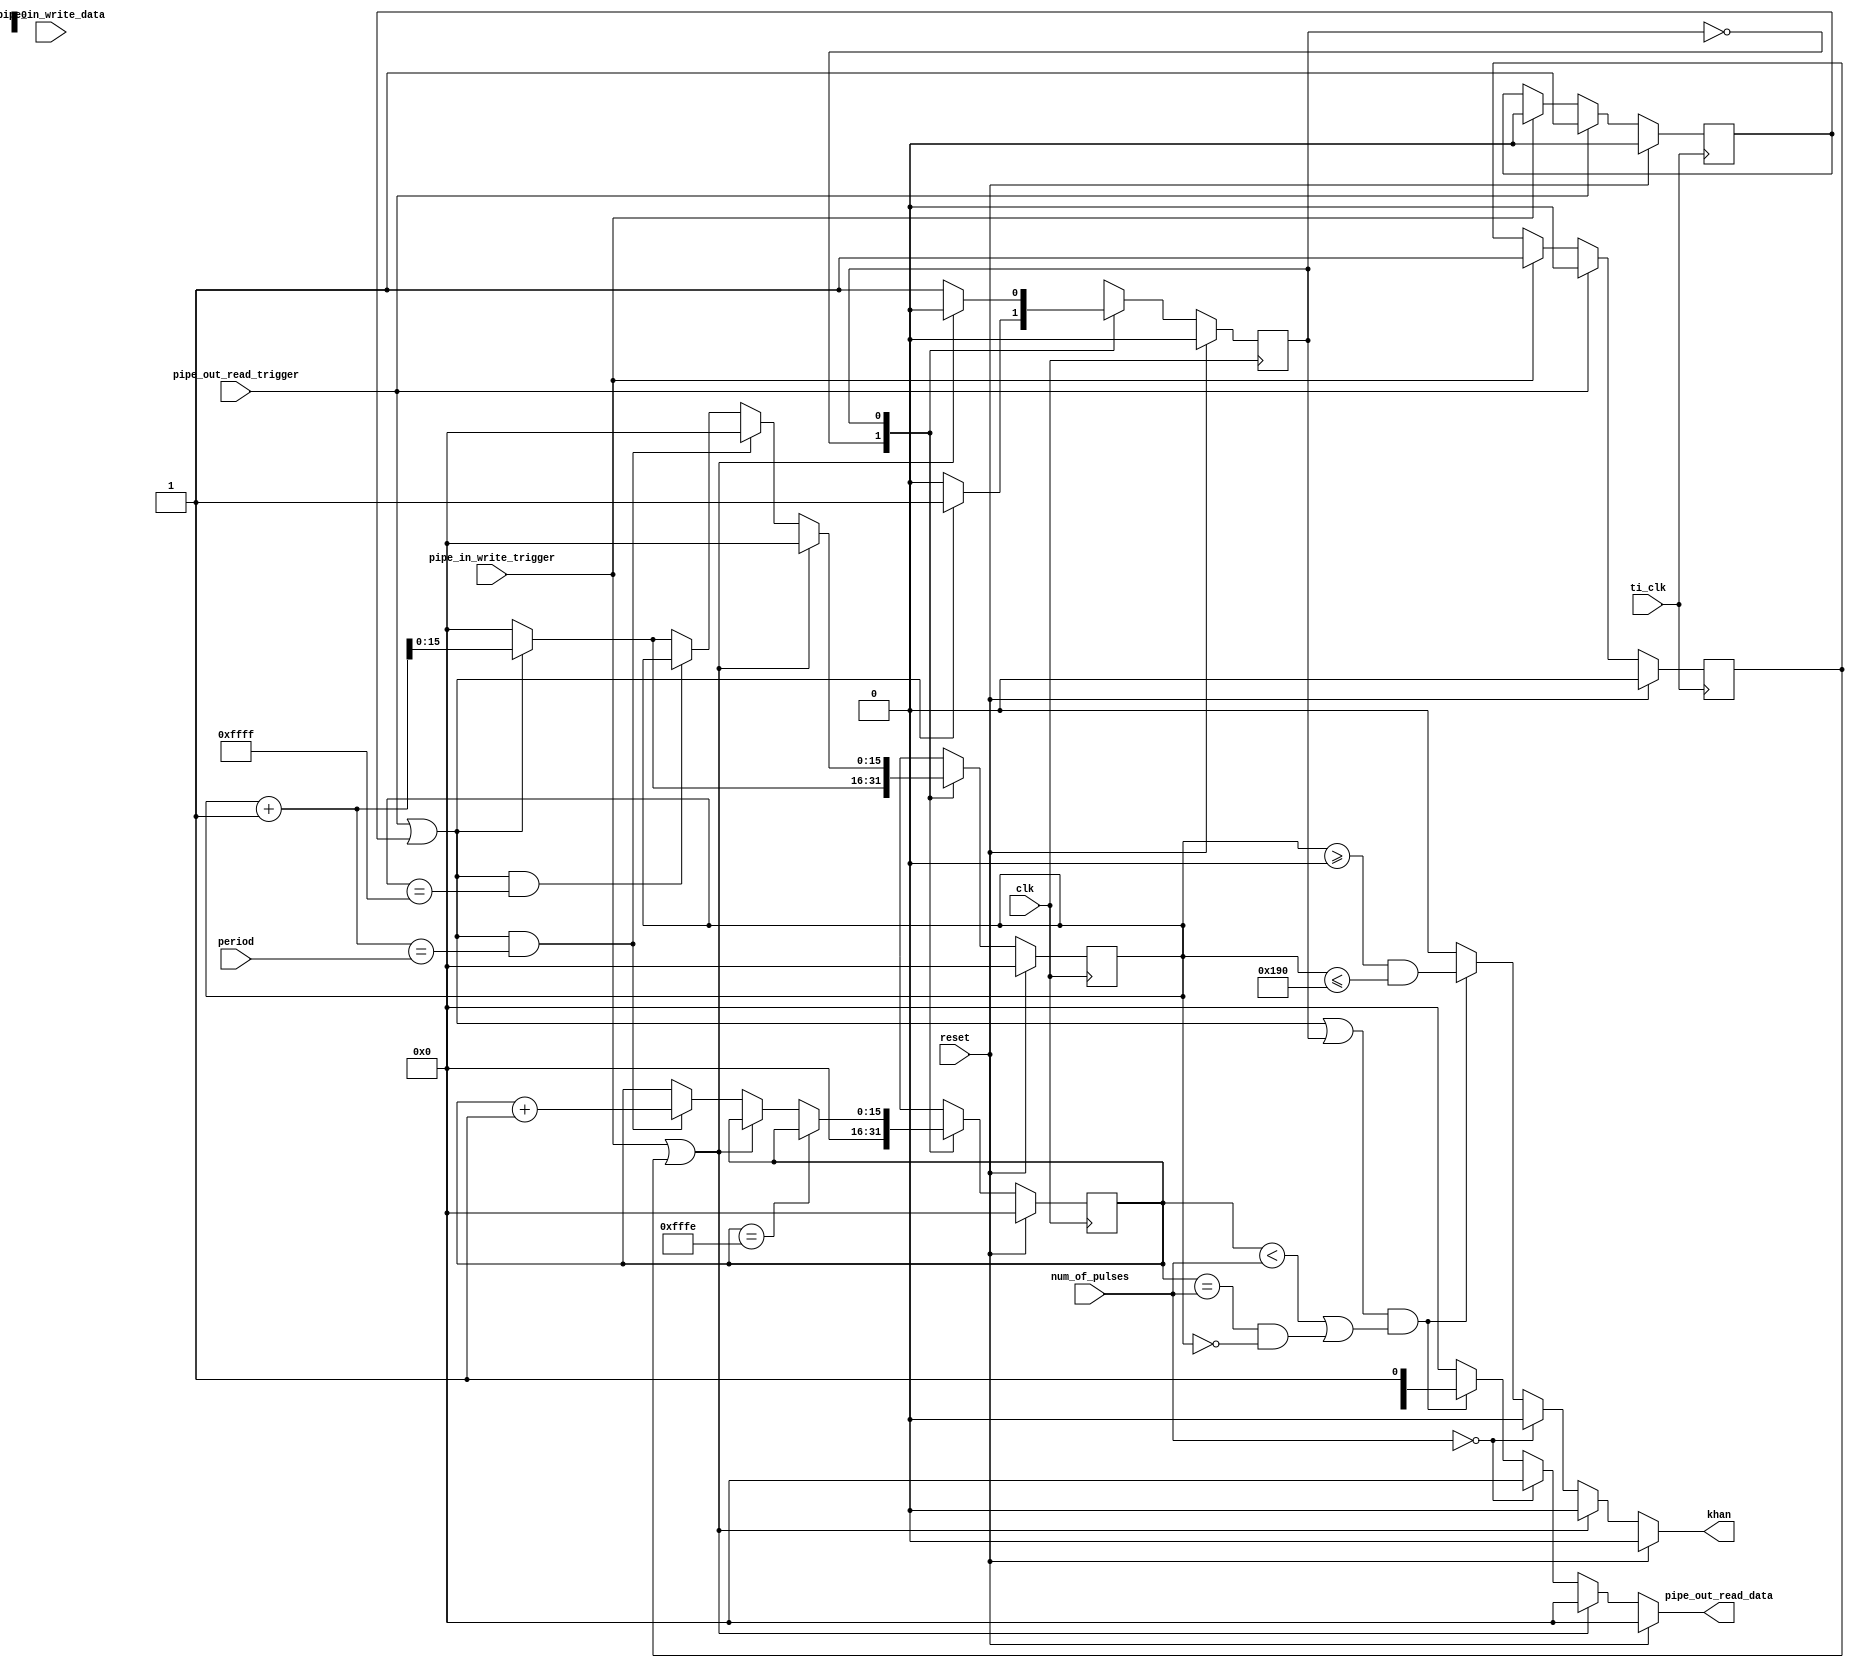
`timescale 1ns / 1ps
/////////////////////////////////////////////////
// OSC1 - LITE
// Version 1.0.0
// Yoon's Lab - U of M
/////////////////////////////////////////////////


module amp_pipe(	
	input  wire			ti_clk,					// input clock
	input  wire			reset,					// Opal Kelly reset
	input  wire			clk,					// SPI pipe clock
	input  wire [15:0]	period,					// waveform period
	input  wire [15:0]	num_of_pulses,			// number of pulse
	input  wire         pipe_in_write_trigger,	// write trigger
	input  wire [15:0]  pipe_in_write_data,		// write data
	input  wire			pipe_out_read_trigger,	// read trigger
	output wire [15:0]	pipe_out_read_data, 	// read data
	output wire 		khan	
	    );

reg  read_toggle;
wire pipe_out_read;
reg  write_toggle;
wire pipe_in_write;

reg [15:0]	read_counter;		
reg [15:0]	next_read_counter;
reg [15:0]	write_counter;
reg [15:0]	next_write_counter;
reg [15:0]	complete_pulse_counter;
reg [15:0]	next_complete_pulse_counter;

reg 		state_write;	// 00: ~read & ~write   01: write  10: ~write & read
reg 		next_state_write;
reg 		state_read;
reg			next_state_read;

wire [15:0] data_out;

assign khan = reset ? 0 
			: (pipe_in_write == 1'b1) ? 0 
			: (num_of_pulses == 16'b0) ? 0 
			: ((pipe_out_read | state_read == 1'b1) && (complete_pulse_counter < num_of_pulses|| (complete_pulse_counter == num_of_pulses && read_counter == 0))) ? (read_counter >= 0 && read_counter <= 16'd400) 
			: 0;

assign pipe_out_read = pipe_out_read_trigger | read_toggle;
assign pipe_in_write = pipe_in_write_trigger | write_toggle;

assign pipe_out_read_data = reset ? 0 
						: (pipe_in_write == 1'b1) ? 0 
						: (num_of_pulses == 16'b0) ? 0 
						: ((pipe_out_read | state_read == 1'b1) && (complete_pulse_counter < num_of_pulses|| (complete_pulse_counter == num_of_pulses && read_counter == 0))) ? data_out 
						: 0;
			

always @ (posedge clk) begin
	if(reset) begin
	read_counter 			<= 16'b0;
	state_read        		<= 1'b0;	
	complete_pulse_counter 	<= 16'b0;
	end
	else begin
	read_counter 		 	<= next_read_counter;	
	state_read         		<= next_state_read;	
	complete_pulse_counter 	<= next_complete_pulse_counter;
	end
end

always @ (posedge ti_clk) begin
	if(reset) begin
		write_counter 	<= 16'b0;
		state_write		<= 1'b0;
		read_toggle     <= 1'b0;
		write_toggle    <= 1'b0;
	end
	
	else begin
		write_counter	<= next_write_counter;
		state_write		<= next_state_write;
	
		if(pipe_out_read_trigger)		read_toggle <= 1'b1;
		else if(pipe_in_write_trigger)	read_toggle <= 1'b0;
		
		if(pipe_out_read_trigger)		write_toggle <= 1'b0;
		else if(pipe_in_write_trigger)	write_toggle <= 1'b1;
	end
end

always @ (*) begin	
	case(state_write)
		1'b0: 	begin
					if(pipe_in_write_trigger)		next_write_counter = write_counter + 1;
					else if(pipe_out_read_trigger) 	next_write_counter = 0;
					else 							next_write_counter = write_counter;
					
					if(pipe_in_write_trigger)		next_state_write = 1'b1;
					else							next_state_write = 1'b0;
				end
		1'b1: 	begin // write
					next_write_counter = write_counter + 1;	// Need reset to re-write mem.				
					if(pipe_in_write_trigger)		next_state_write = 1'b1;
					else							next_state_write = 1'b0;	
				end
		default:begin
					if(pipe_in_write_trigger)		next_write_counter = write_counter + 1;
					else 							next_write_counter = write_counter;
					
					if(pipe_in_write_trigger)		next_state_write = 1'b1;
					else							next_state_write = 1'b0;				
				end
	endcase		
	
	
	case(state_read)
		1'b0: 	begin
					if(pipe_out_read)	next_read_counter = read_counter + 1;
					else				next_read_counter = 0;					
					if(pipe_out_read)	next_state_read = 1'b1;
					else				next_state_read = 1'b0;					
					next_complete_pulse_counter = 0;
				end
				
		1'b1: 	begin // read
					next_complete_pulse_counter = complete_pulse_counter;					
					if(pipe_in_write) begin // read -> write			
						next_read_counter = 0;
					end else if(pipe_out_read && read_counter + 1 == period[15:0]) begin // finish one period		   
						next_read_counter = 0;
						next_complete_pulse_counter = complete_pulse_counter + 1;
					end else if(pipe_out_read && read_counter == 16'b1111111111111111) begin
						next_read_counter = read_counter;
					end else if(pipe_out_read) begin	   
						next_read_counter = read_counter + 1;
					end else begin 							
						next_read_counter = 0;
					end
											
					if(pipe_in_write)	next_state_read = 1'b0;
					else				next_state_read = 1'b1;	
					
					if(complete_pulse_counter == 16'b1111111111111110)
						next_complete_pulse_counter = complete_pulse_counter;					
				end
		default: begin
					if(pipe_out_read)	next_read_counter = read_counter + 1;
					else				next_read_counter = 0;
					
					if(pipe_out_read)	next_state_read = 1'b1;
					else				next_state_read = 1'b0;
					
					next_complete_pulse_counter = 0;
			   end
	endcase		
end

endmodule